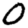
Digit: 0